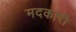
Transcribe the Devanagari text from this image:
मदकारी